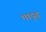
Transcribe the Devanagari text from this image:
भादुड़